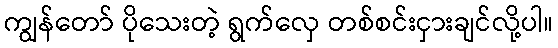
ကျွန်တော် ပိုသေးတဲ့ ရွက်လှေ တစ်စင်းငှားချင်လို့ပါ။